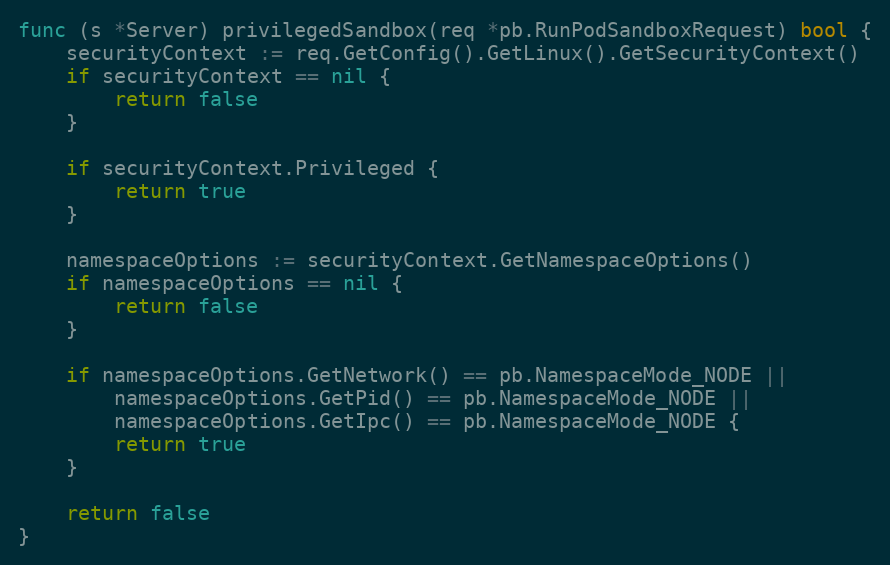
Language: Go
func (s *Server) privilegedSandbox(req *pb.RunPodSandboxRequest) bool {
	securityContext := req.GetConfig().GetLinux().GetSecurityContext()
	if securityContext == nil {
		return false
	}

	if securityContext.Privileged {
		return true
	}

	namespaceOptions := securityContext.GetNamespaceOptions()
	if namespaceOptions == nil {
		return false
	}

	if namespaceOptions.GetNetwork() == pb.NamespaceMode_NODE ||
		namespaceOptions.GetPid() == pb.NamespaceMode_NODE ||
		namespaceOptions.GetIpc() == pb.NamespaceMode_NODE {
		return true
	}

	return false
}